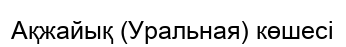
Ақжайық (Уральная) көшесі